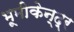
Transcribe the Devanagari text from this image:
भूमीकेन्द्र